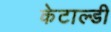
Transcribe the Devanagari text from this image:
केटाल्डी